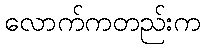
လောက်ကတည်းက